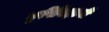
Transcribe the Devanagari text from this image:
कृषिविज्ञानी